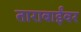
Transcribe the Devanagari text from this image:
ताराबाईंवर